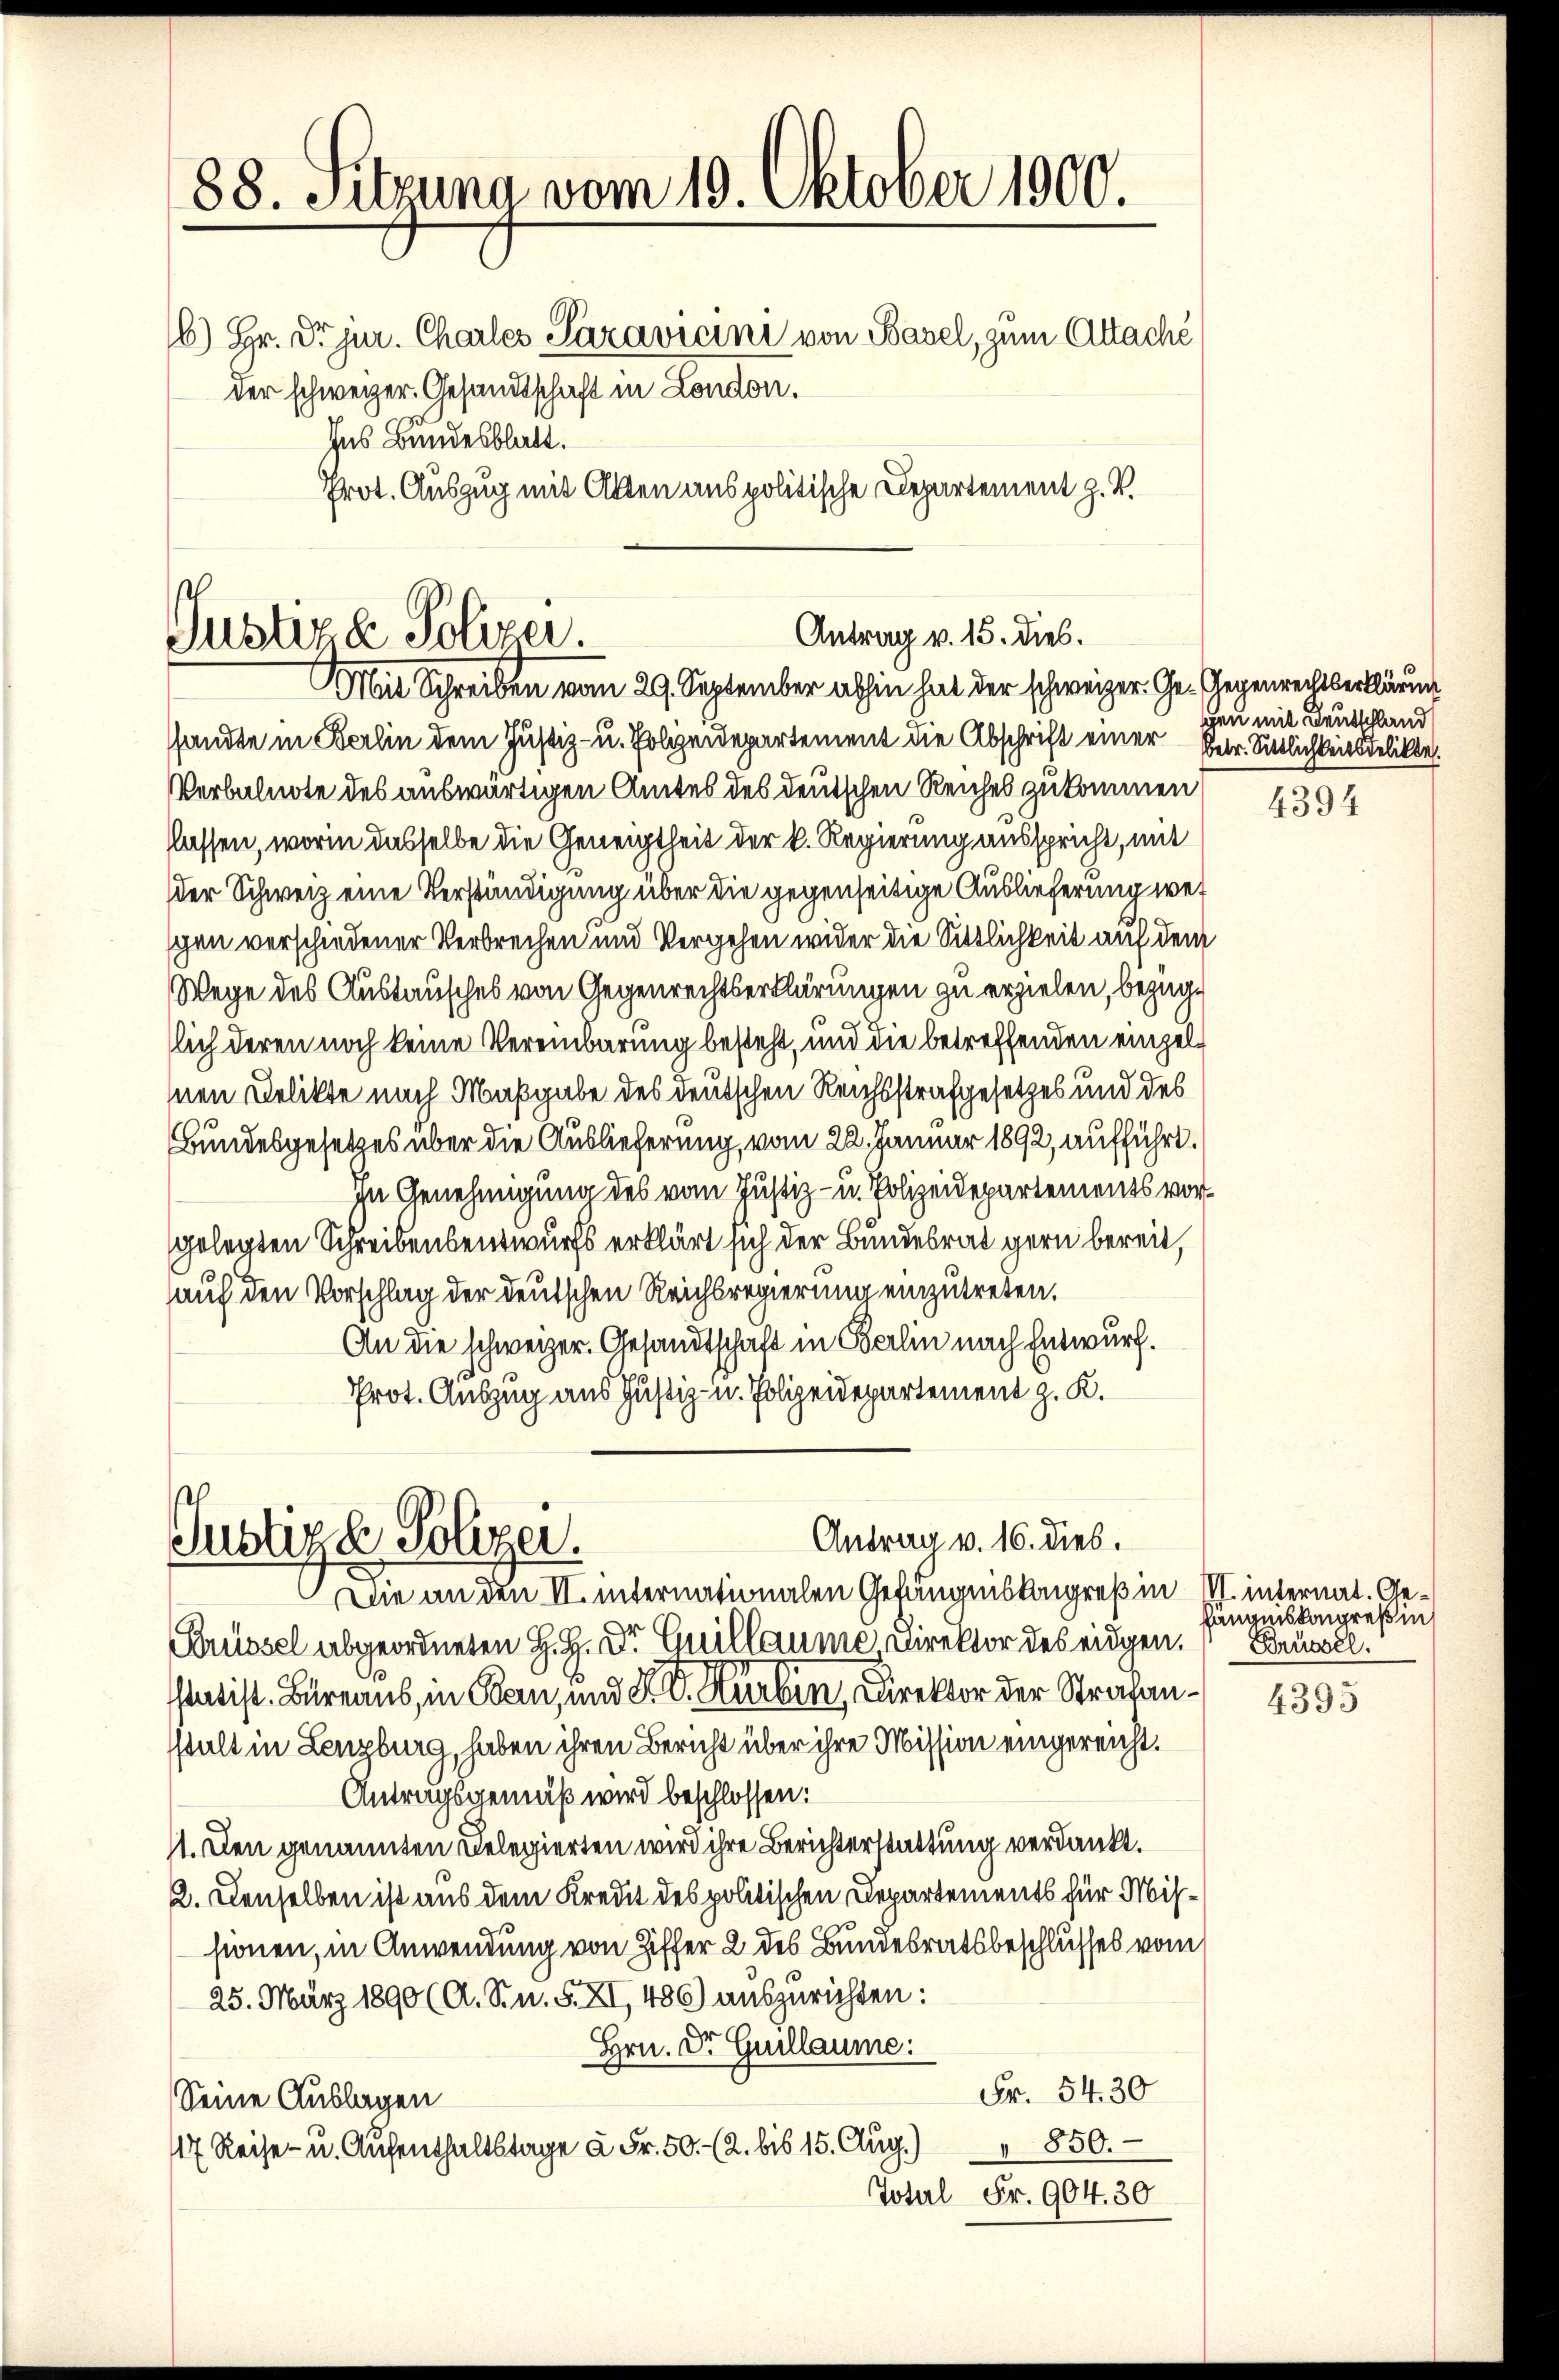
88. Sitzung vom 19. Oktober 1900.
6) Hr. Dr jur. Charles Paravicini von Basel, zum Attaché
der schweizer. Gesandtschaft in London.
Ins Bundesblatt.
Prot. Auszug mit Akten aus politische Departement z. V.

Antrag v. 15. dies.
Justiz & Polizei
Mit Schreiben vom 29. September abhin hat der schweizer. Ge- Gegenrechtserklärung

ssandte in Berlin dem Justiz- u. Polizeidepartement die Abschrift einer Betr. Sittlichkeitsdelikte.
Verbalnote des auswärtigen Amtes des deutschen Reiches zukommen
lassen, worin dasselbe die Geneigtheit der k. Regierung ausspricht, mit
der Schweiz eine Verständigung über die gegenseitige Auslieferung weschen verschiedener Verbrechen und Vergehen wider die Sittlichkeit auf dem
Wege des Austausches von Gegenrechtserklärungen zu erzielen, bezügslich deren noch keine Vereinbarung besteht, und die betreffenden einzelmnen Delikte nach Maßgabe des deutschen Reichsstrafgesetzes und des
Bundesgesetzes über die Auslieferung, vom 22. Januar 1892, aufführt.
In Genehmigung des vom Justiz- u. Polizeidepartements vorgelegten Schreibensentwurfs erklärt sich der Bundesrat gern bereit,
auf den Vorschlag der deutschen Reichsregierung einzutreten.
An die schweizer. Gesandtschaft in Berlin nach Entwurf.
Prot. Auszug aus Justiz- u. Polizeidepartement z. K.

Antrag v. 16. dies.
Justiz & Polizer.

Die an den II. internationalen Gefängniskongreß in
Brüssel abgeordneten H. H. Dr Guillaume, Direktor des eidgen. Bussel.
statist. Bureaus, in Bern, und K. V. Hürlin, Direktor der Strafanstalt in Lenzburg, haben ihren Bericht über ihre Mission eingereicht.
Antragsgemäß wird beschlossen:
11. Den genannten Delegierten wird ihre Berichterstattung verdankt.
2. Denselben ist aus dem Kredit des politischen Departements für Missionen, in Anwendung von Ziffer 2 des Bundesratsbeschlusses vom
25. März 1890 (A. S. n. F. XI, 486) auszurichten:
Hrn. Dr Guillaume:
Fr. 5430
Seine Auslagen
" 850.
117 Reise- u. Aufenthaltstage à Fr. 50.- (2. bis 15. Aug.)
Total Fr. 904. 30

gen mit Deutschland

4394

VI. internat. Gefängniskongreß in
4395